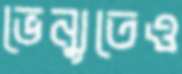
ভেন্যুতেও